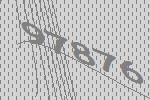
97876